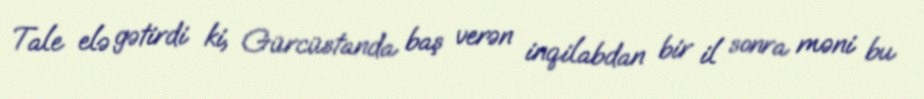
Tale elə gətirdi ki, Gürcüstanda baş verən inqilabdan bir il sonra məni bu